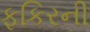
ફકિરની